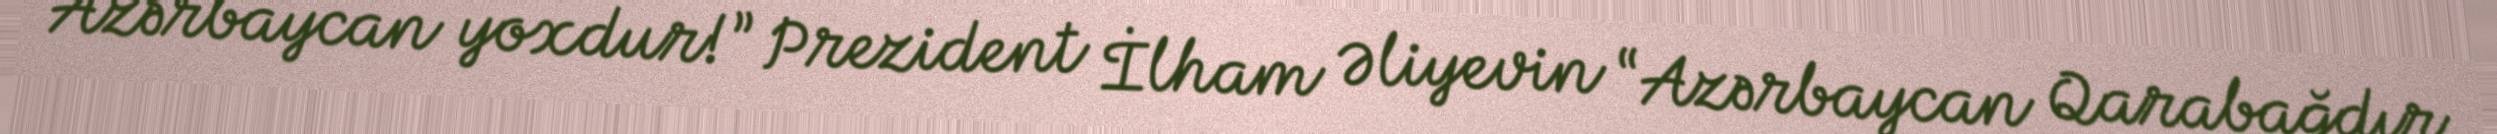
Azərbaycan yoxdur!” Prezident İlham Əliyevin “Azərbaycan Qarabağdır.